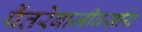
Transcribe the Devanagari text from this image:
पैंतरेबाजीवर्साय